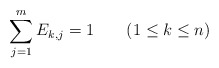
\begin{align*}\sum_{j=1}^mE_{k,j}=1\qquad(1\le k\le n)\end{align*}